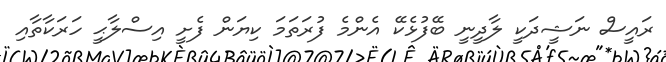
ރައީސް ނަޝީދަކީ ލާދީނީ ބޭފުޅެކޭ އެންމެ ފުރަތަމަ ކިޔަން ފެށީ އިސްލާޙީ ހަރަކާތާއި